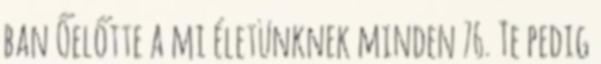
ban Őelőtte a mi életünknek minden 76. Te pedig